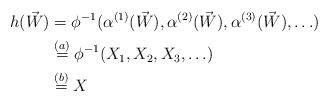
LaTeX: \begin{align*}h(\vec{W}) &= \phi^{-1}(\alpha^{(1)}(\vec{W}), \alpha^{(2)}(\vec{W}), \alpha^{(3)}(\vec{W}), \ldots)\\&\overset{(a)}{=} \phi^{-1}(X_1, X_2, X_3, \ldots)\\&\overset{(b)}{=} X\end{align*}